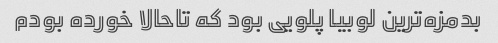
بدمزه‌ترین لوبیا پلویی بود که تاحالا خورده بودم